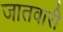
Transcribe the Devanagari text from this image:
जातवारी